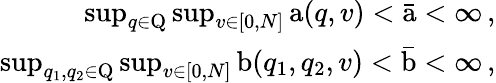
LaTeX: \begin{array}{r}{\operatorname*{sup}_{q\in\mathrm{Q}}\operatorname*{sup}_{v\in[0,N]}\mathrm{a}(q,v)<\bar{\mathrm{a}}<\infty\, ,}\\ {\operatorname*{sup}_{q_{1},q_{2}\in\mathrm{Q}}\operatorname*{sup}_{v\in[0,N]}\mathrm{b}(q_{1},q_{2},v)<\bar{\mathrm{b}}<\infty\, ,}\end{array}